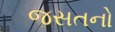
જસતનો